Document type: Emphyteutic lease
Year: 1316
Scribe: Berenguer de Vallseca
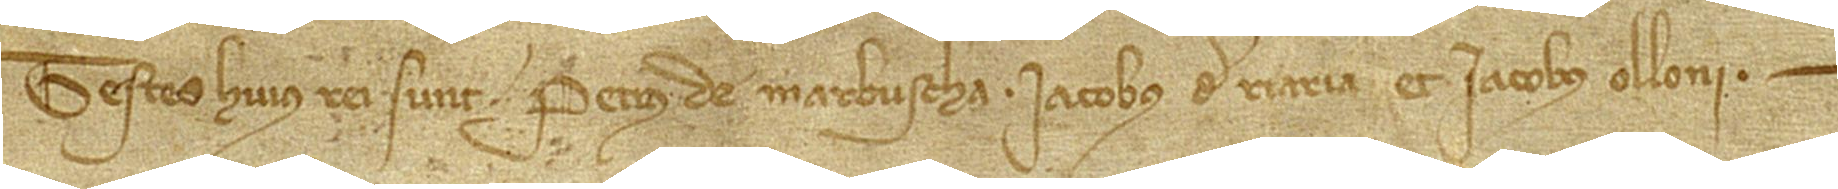
Testes huius rei sunt: Petrus de Marbuscha, Iacobus de Riaria et Iacobus Olloni.